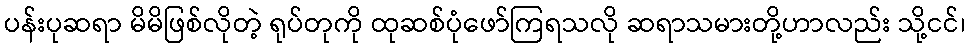
ပန်းပုဆရာ မိမိဖြစ်လိုတဲ့ ရုပ်တုကို ထုဆစ်ပုံဖော်ကြရသလို ဆရာသမားတို့ဟာလည်း သို့ငင်၊